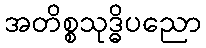
အတိစ္စသုဒ္ဓိပညော